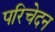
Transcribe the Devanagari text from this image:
परिचेदन